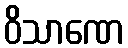
ဝိသာဏေ